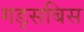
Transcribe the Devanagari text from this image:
गड्सबिस